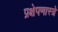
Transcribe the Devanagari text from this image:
प्रक्षेपणास्त्रे